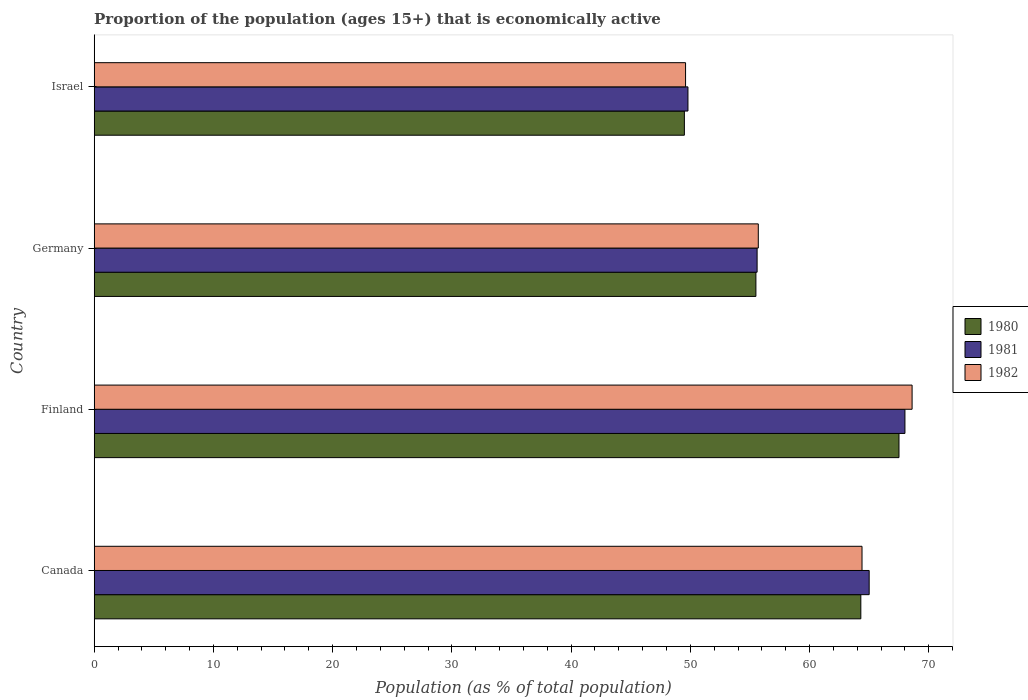
| Country | 1980 | 1981 | 1982 |
 | --- | --- | --- | --- |
 | Canada | 64.3 | 65 | 64.4 |
 | Finland | 67.5 | 68 | 68.6 |
 | Germany | 55.5 | 55.6 | 55.7 |
 | Israel | 49.5 | 49.8 | 49.6 |